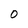
Character: 0